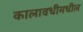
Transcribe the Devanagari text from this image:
कालावधीमधील